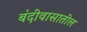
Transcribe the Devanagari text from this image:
बंदीवासातील